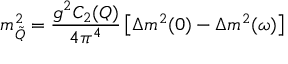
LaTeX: m _ { \tilde { Q } } ^ { 2 } = \frac { g ^ { 2 } C _ { 2 } ( Q ) } { 4 \pi ^ { 4 } } \left[ \Delta m ^ { 2 } ( 0 ) - \Delta m ^ { 2 } ( \omega ) \right]